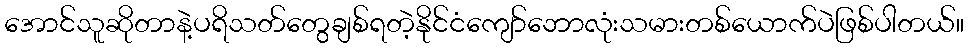
အောင်သူဆိုတာနဲ့ပရိသတ်တွေချစ်ရတဲ့နိုင်ငံကျော်ဘောလုံးသမားတစ်ယောက်ပဲဖြစ်ပါတယ်။